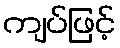
ကျပ်ဖြင့်